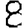
Digit: 8